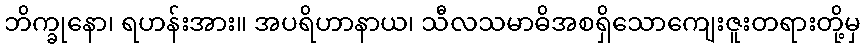
ဘိက္ခုနော၊ ရဟန်းအား။ အပရိဟာနာယ၊ သီလသမာဓိအစရှိသောကျေးဇူးတရားတို့မှ